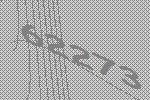
62273